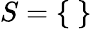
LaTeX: S=\{ \ \}